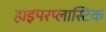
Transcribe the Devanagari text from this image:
हाइपरप्लास्टिक